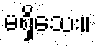
မရှိသေး။